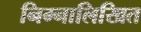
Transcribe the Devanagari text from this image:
निम्नालिखित